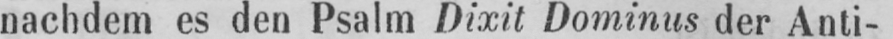
nachdem es den Psalm Dixit Dominus der Anti-